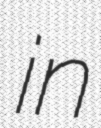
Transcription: in